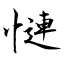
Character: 慩